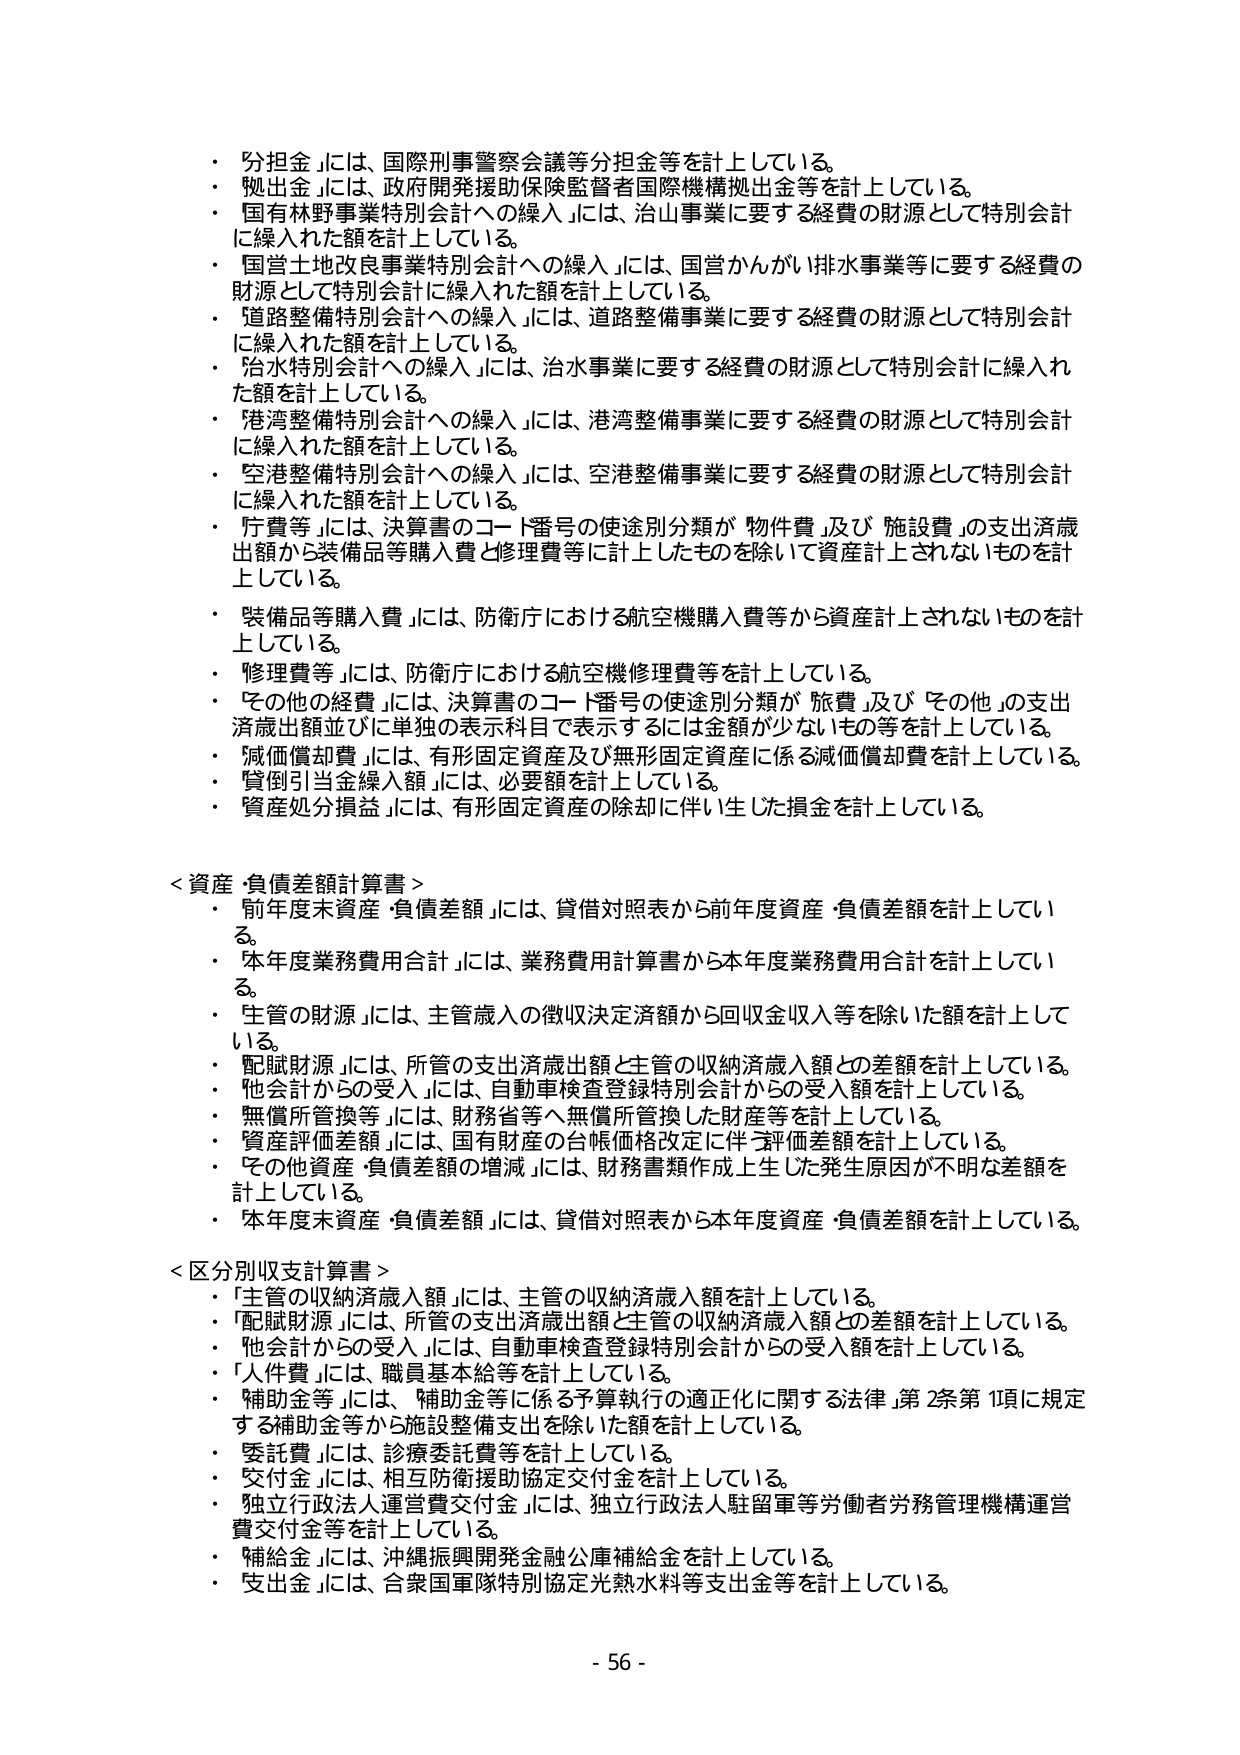
・「分担金」には、国際刑事警察会議等分担金等を計上している。
・「拠出金」には、政府開発援助保険監督者国際機構拠出金等を計上している。
・「国有林野事業特別会計への繰入」には、治山事業に要する経費の財源として特別会計に繰入れた額を計上している。
・「国営土地改良事業特別会計への繰入」には、国営かんがい排水事業等に要する経費の財源として特別会計に繰入れた額を計上している。
・「道路整備特別会計への繰入」には、道路整備事業に要する経費の財源として特別会計に繰入れた額を計上している。
・「治水特別会計への繰入」には、治水事業に要する経費の財源として特別会計に繰入れた額を計上している。
・「港湾整備特別会計への繰入」には、港湾整備事業に要する経費の財源として特別会計に繰入れた額を計上している。
・「空港整備特別会計への繰入」には、空港整備事業に要する経費の財源として特別会計に繰入れた額を計上している。
・「庁費等」には、決算書のコード番号の使途別分類が「物件費」及び「施設費」の支出済歳出額から装備品等購入費と修理費等に計上したものを除いて資産計上されないものを計上している。
・「装備品等購入費」には、防衛庁における航空機購入費等から資産計上されないものを計上している。
・「修理費等」には、防衛庁における航空機修理費等を計上している。
・「その他の経費」には、決算書のコード番号の使途別分類が「旅費」及び「その他」の支出済歳出額並びに単独の表示科目で表示するには金額が少ないもの等を計上している。
・「減価償却費」には、有形固定資産及び無形固定資産に係る減価償却費を計上している。
・「貸倒引当金繰入額」には、必要額を計上している。
・「資産処分損益」には、有形固定資産の除却に伴い生じた損金を計上している。

＜資産・負債差額計算書＞
・「前年度末資産・負債差額」には、貸借対照表から前年度資産・負債差額を計上している。
・「本年度業務費用合計」には、業務費用計算書から本年度業務費用合計を計上している。
・「主管の財源」には、主管歳入の徴収決定済額から回収金収入等を除いた額を計上している。
・「配賦財源」には、所管の支出済歳出額と主管の収納済歳入額との差額を計上している。
・「他会計からの受入」には、自動車検査登録特別会計からの受入額を計上している。
・「無償所管換等」には、財務省等へ無償所管換した財産等を計上している。
・「資産評価差額」には、国有財産の台帳価格改定に伴う評価差額を計上している。
・「その他資産・負債差額の増減」には、財務書類作成上生じた発生原因が不明な差額を計上している。
・「本年度末資産・負債差額」には、貸借対照表から本年度資産・負債差額を計上している。

＜区分別収支計算書＞
・「主管の収納済歳入額」には、主管の収納済歳入額を計上している。
・「配賦財源」には、所管の支出済歳出額と主管の収納済歳入額との差額を計上している。
・「他会計からの受入」には、自動車検査登録特別会計からの受入額を計上している。
・「人件費」には、職員基本給等を計上している。
・「補助金等」には、補助金等に係る予算執行の適正化に関する法律第2条第1項に規定する補助金等から施設整備支出を除いた額を計上している。
・「委託費」には、診療委託費等を計上している。
・「交付金」には、相互防衛援助協定交付金を計上している。
・「独立行政法人運営費交付金」には、独立行政法人駐留軍等労働者労務管理機構運営費交付金等を計上している。
・「補給金」には、沖縄振興開発金融公庫補給金を計上している。
・「支出金」には、合衆国軍隊特別協定光熱水料等支出金等を計上している。

- 56 -